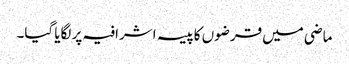
ماضی میں قرضوں کاپیسہ اشرافیہ پر لگایا گیا۔